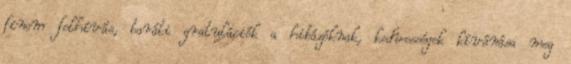
finom felhívás, baráti gratulációk a hibázóknak, kedvességek kívánása meg